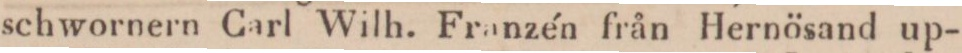
schwornern Carl Wilh. Franzén från Hernösand up-